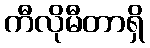
ကီလိုမီတာရှိ